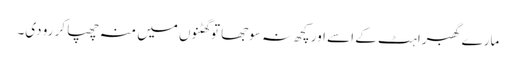
مارے گھبراہٹ کے اسے اور کچھ نہ سوجھا تو گھٹنوں میں منہ چھپا کر رو دی۔